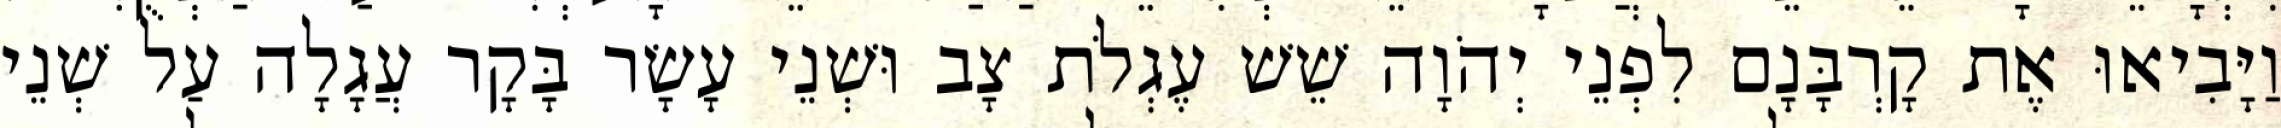
וַיָּבִיאוּ אֶת קָרְבָּנָם לִפְנֵי יְהֹוָה שֵׁשׁ עֶגְלֹת צָב וּשְׁנֵי עָשָׂר בָּקָר עֲגָלָה עַל שְׁנֵי